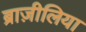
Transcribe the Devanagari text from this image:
ब्राज़ीलिया